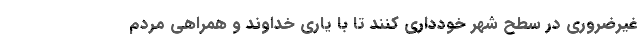
غیرضروری در سطح شهر خودداری کنند تا با یاری خداوند و همراهی مردم